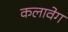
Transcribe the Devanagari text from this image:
कलावेग